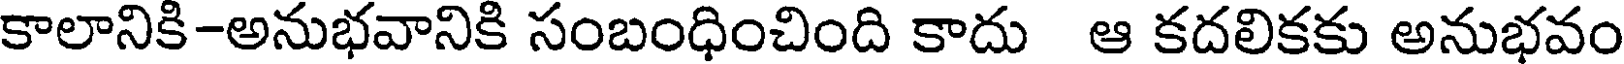
కాలానికి-అనుభవానికి సంబంధించింది కాదు ఆ కదలికకు అనుభవం